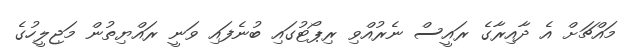
މައްޗަށް އެ ދާއިރާގެ ރައީސް ނެރުއްވި ރިޕޯޓުގައި ބުނެފައި ވަނީ ރައްޔިތުން މަޖިލީހުގެ